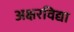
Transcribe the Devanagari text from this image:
अक्षरविद्या